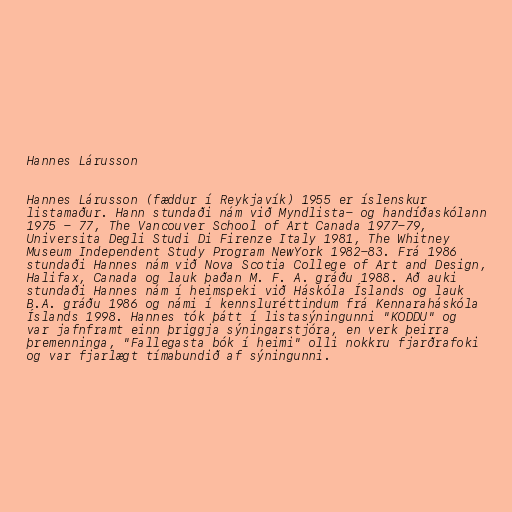
Hannes Lárusson

Hannes Lárusson (fæddur í Reykjavík) 1955 er íslenskur
listamaður. Hann stundaði nám við Myndlista- og handíðaskólann
1975 - 77, The Vancouver School of Art Canada 1977-79,
Universita Degli Studi Di Firenze Italy 1981, The Whitney
Museum Independent Study Program NewYork 1982-83. Frá 1986
stundaði Hannes nám við Nova Scotia College of Art and Design,
Halifax, Canada og lauk þaðan M. F. A. gráðu 1988. Að auki
stundaði Hannes nám í heimspeki við Háskóla Íslands og lauk
B.A. gráðu 1986 og námi í kennsluréttindum frá Kennaraháskóla
Íslands 1998. Hannes tók þátt í listasýningunni "KODDU" og
var jafnframt einn þriggja sýningarstjóra, en verk þeirra
þremenninga, "Fallegasta bók í heimi" olli nokkru fjarðrafoki
og var fjarlægt tímabundið af sýningunni.